Bombay plague: being a history of the progress of plague in the Bombay presidency from September 1896 to June 1899
Year: 1896
Disease focus: Plague
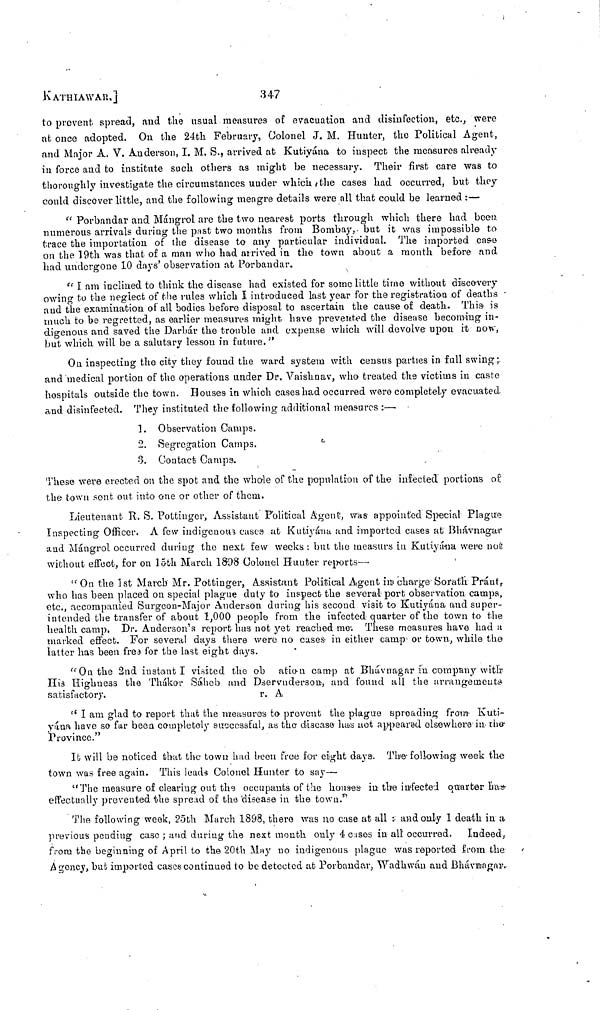
KATHIAWAr.]
347
to prevent spread, and the usual measures of evacuation and disinfection, etc., were
at once adopted. On the 24th February, Colonel J. M. Hunter, the Political Agent,
and Major A. V. Anderson, I. M. S., arrived at Kutiyána to inspect the measures already
in force and to institute such others as might be necessary. Their first care was to
thoroughly investigate the circumstances under which the cases had occurred, but they
could discover little, and the following meagre details were all that could be learned :—
" Porbandar and Mángrol are the two nearest ports through which there had been,
numerous arrivals during the past two months from Bombay, but it was impossible to
trace the importation of the disease to any particular individual. The imported case
on the 19th was that of a man who had arrived in the town about a month before and
had undergone 10 days' observation at Porbandar.
" I am inclined to think the disease had existed for some little time without discovery
owing to the neglect of the rules which I introduced last year for the registration of deaths
and the examination of all bodies before disposal to ascertain the cause of death. This is
much to be regretted, as earlier measures might have prevented the disease becoming in-
digenous and saved the Darbár the trouble and expense which will devolve upon it now,
but which will be a salutary lesson in future."
On inspecting the city they found the ward system with census parties in full swing;
and medical portion of the operations under Dr. Vaishnav, who treated the victims in caste
hospitals outside the town. Houses in which cases had occurred were completely evacuated
and disinfected. They instituted the following additional measures :—
1. Observation Camps.
2. Segregation Camps.
3. Contact Camps.
These were erected on the spot and the whale of the population of the infected portions of
the town sont out into one or other of them.
Lieutenant R. S. Pottinger, Assistant Political Agent, was- appointed Special Plague
Inspecting Officer. A few indigenous cases at Kutiyána and imported cases at Bhávnagar
and Mángrol occurred during the next few weeks : but the measurs in Kutiyána were not
without effect, for on 15th March 1898 Colonel Hunter reports—
" On the 1st March Mr. Pottinger, Assistant Political Agent in charge Sorath Práut,
who has been placed on special plague duty to inspect the several port observation camps,
etc., accompanied Surgeon-Major Anderson during his second visit to Kutiyána and super-
intended the transfer of about 1,000 people from the infected quarter of the town to the
health camp. Dr. Anderson's report has not yet reached me; These measures have had a
marked effect. For several days there were no cases in either camp or town, while the
latter has been free for the last eight days.
"On the 2nd instant I visited the ob ation camp at Bhávnagar in company with
His Highness the Thákor Sáheb and Dservuderson, and found all the arrangements
satisfactory.
r. A
" I am glad to report that the measures to prevent the plague spreading from Kuti-
yána have so far been completely successful, as the disease has not appeared, elsewhere in the
Province."
It will be noticed that the town had been free for eight days. The following week the
town was free again. This leads Colonel Hunter to say—
"The measure of clearing out the occupants of the houses in the infected quarter has
effectually prevented the spread of the disease in the town."
The following week, 25th March 1898, there was no case at all ; and only 1 death in a
previous pending case ; and during the next month only 4 cases in all occurred. Indeed,
from the beginning of April to the 20th May no indigenous plague was reported from the
Agency, but imported cases continued to be detected at Porbandar, Wadhwán and Bhávuagair.